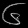
Digit: ၆